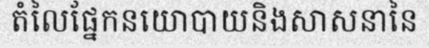
តំលៃផ្នែកនយោបាយនិងសាសនានៃ